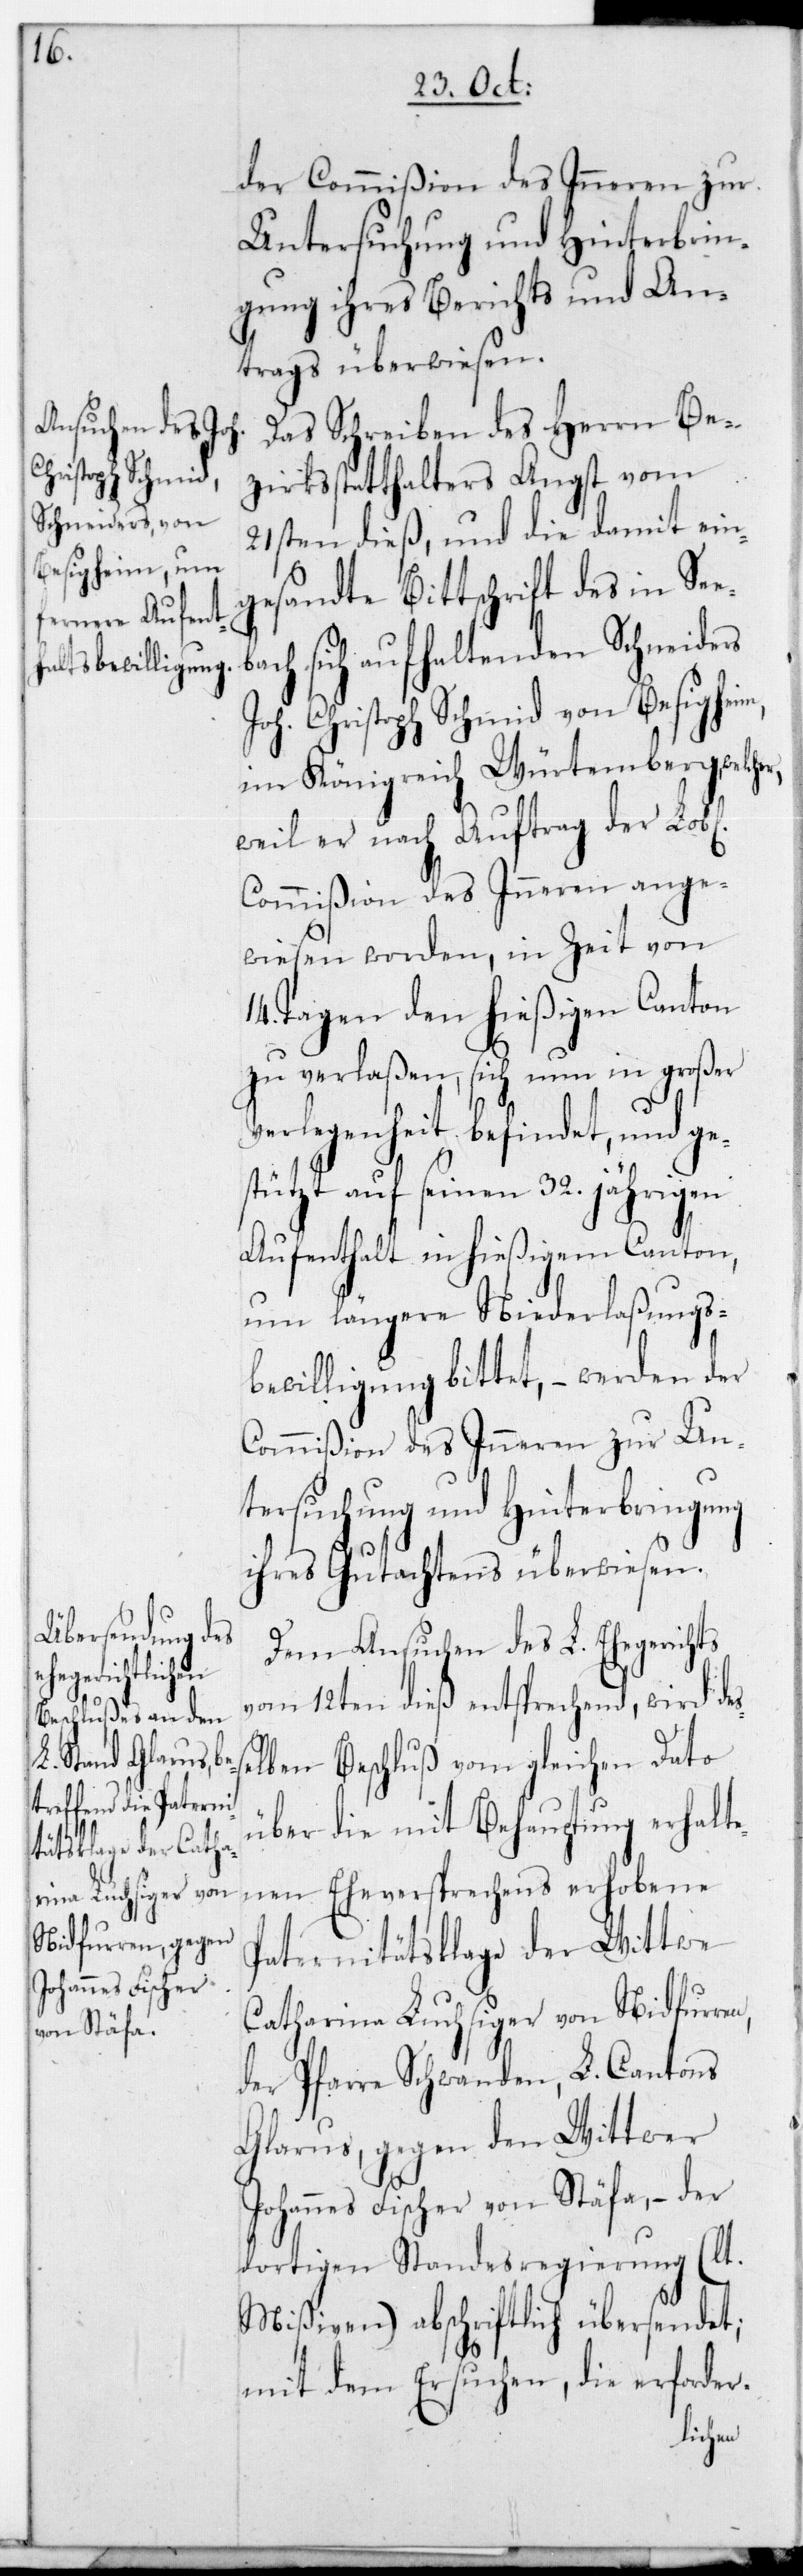
sse¬

der Commißion des Inneren zur
Untersuchung und Hinterbrin¬
gung ihres Berichts und An¬
trags überwiesen.
Das Schreiben des Herrn Be¬
zirksstatthalters Angst vom
21sten dieß, und die damit ein¬
gesandte Bittschrift des in See¬
bach sich aufhaltenden Schneiders
Joh. Christoph Schmid von Besigheim
im Königreich Würtemberg,
weil er nach Auftrag der Lobl.
Commißion des Inneren ange¬
wiesen worden, in Zeit von
14. Tagen den hießigen Canton
zu verlaßen, sich nun in großer
Verlegenheit befindet, und ge¬
stützt auf seinen 32. jährigen
Aufenthalt in hießigem Canton,
um längere Niederlaßungs-B¬
ewilligung bittet, – werden der
Commißion des Inneren zur Un¬
tersuchung und Hinterbringung
ihres Gutachtens überwiesen.
Dem Ansuchen des L. Ehegerichts
vom 12ten dieß entsprechend, wird de¬
lben Beschluß vom gleichen Dato
über die mit Behauptung erhalte¬
nen Eheversprechens erhobene
Paternitätsklage der Wittwe
Catharina Luchsiger von Nidfurren,
der Pfarre Schwanden, L. Cantons
Glarus, gegen den Wittwer
Johannes Fischer von Stäfa, – der
dortigen Standesregierung (lt.
Mißiven) abschriftlich übersendet;
mit dem Ersuchen, die erforder-